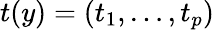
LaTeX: t(y)=(t_{1},\ldots,t_{p})